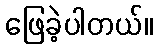
ဖြေခဲ့ပါတယ်။